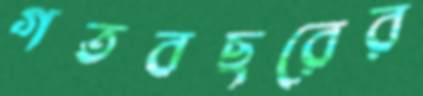
গতবছরের